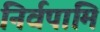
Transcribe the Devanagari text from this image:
निर्वपामि